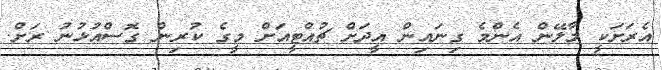
އެރަށަކީ މާލޭން އެންމެ ގިނައިން އީދަށް ޗުއްޓީއަށް މީގެ ކުރިން ގޮސްއުޅުނު ރަށް.